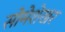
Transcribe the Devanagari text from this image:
सोमेशेखर